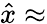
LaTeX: \hat{x}\approx